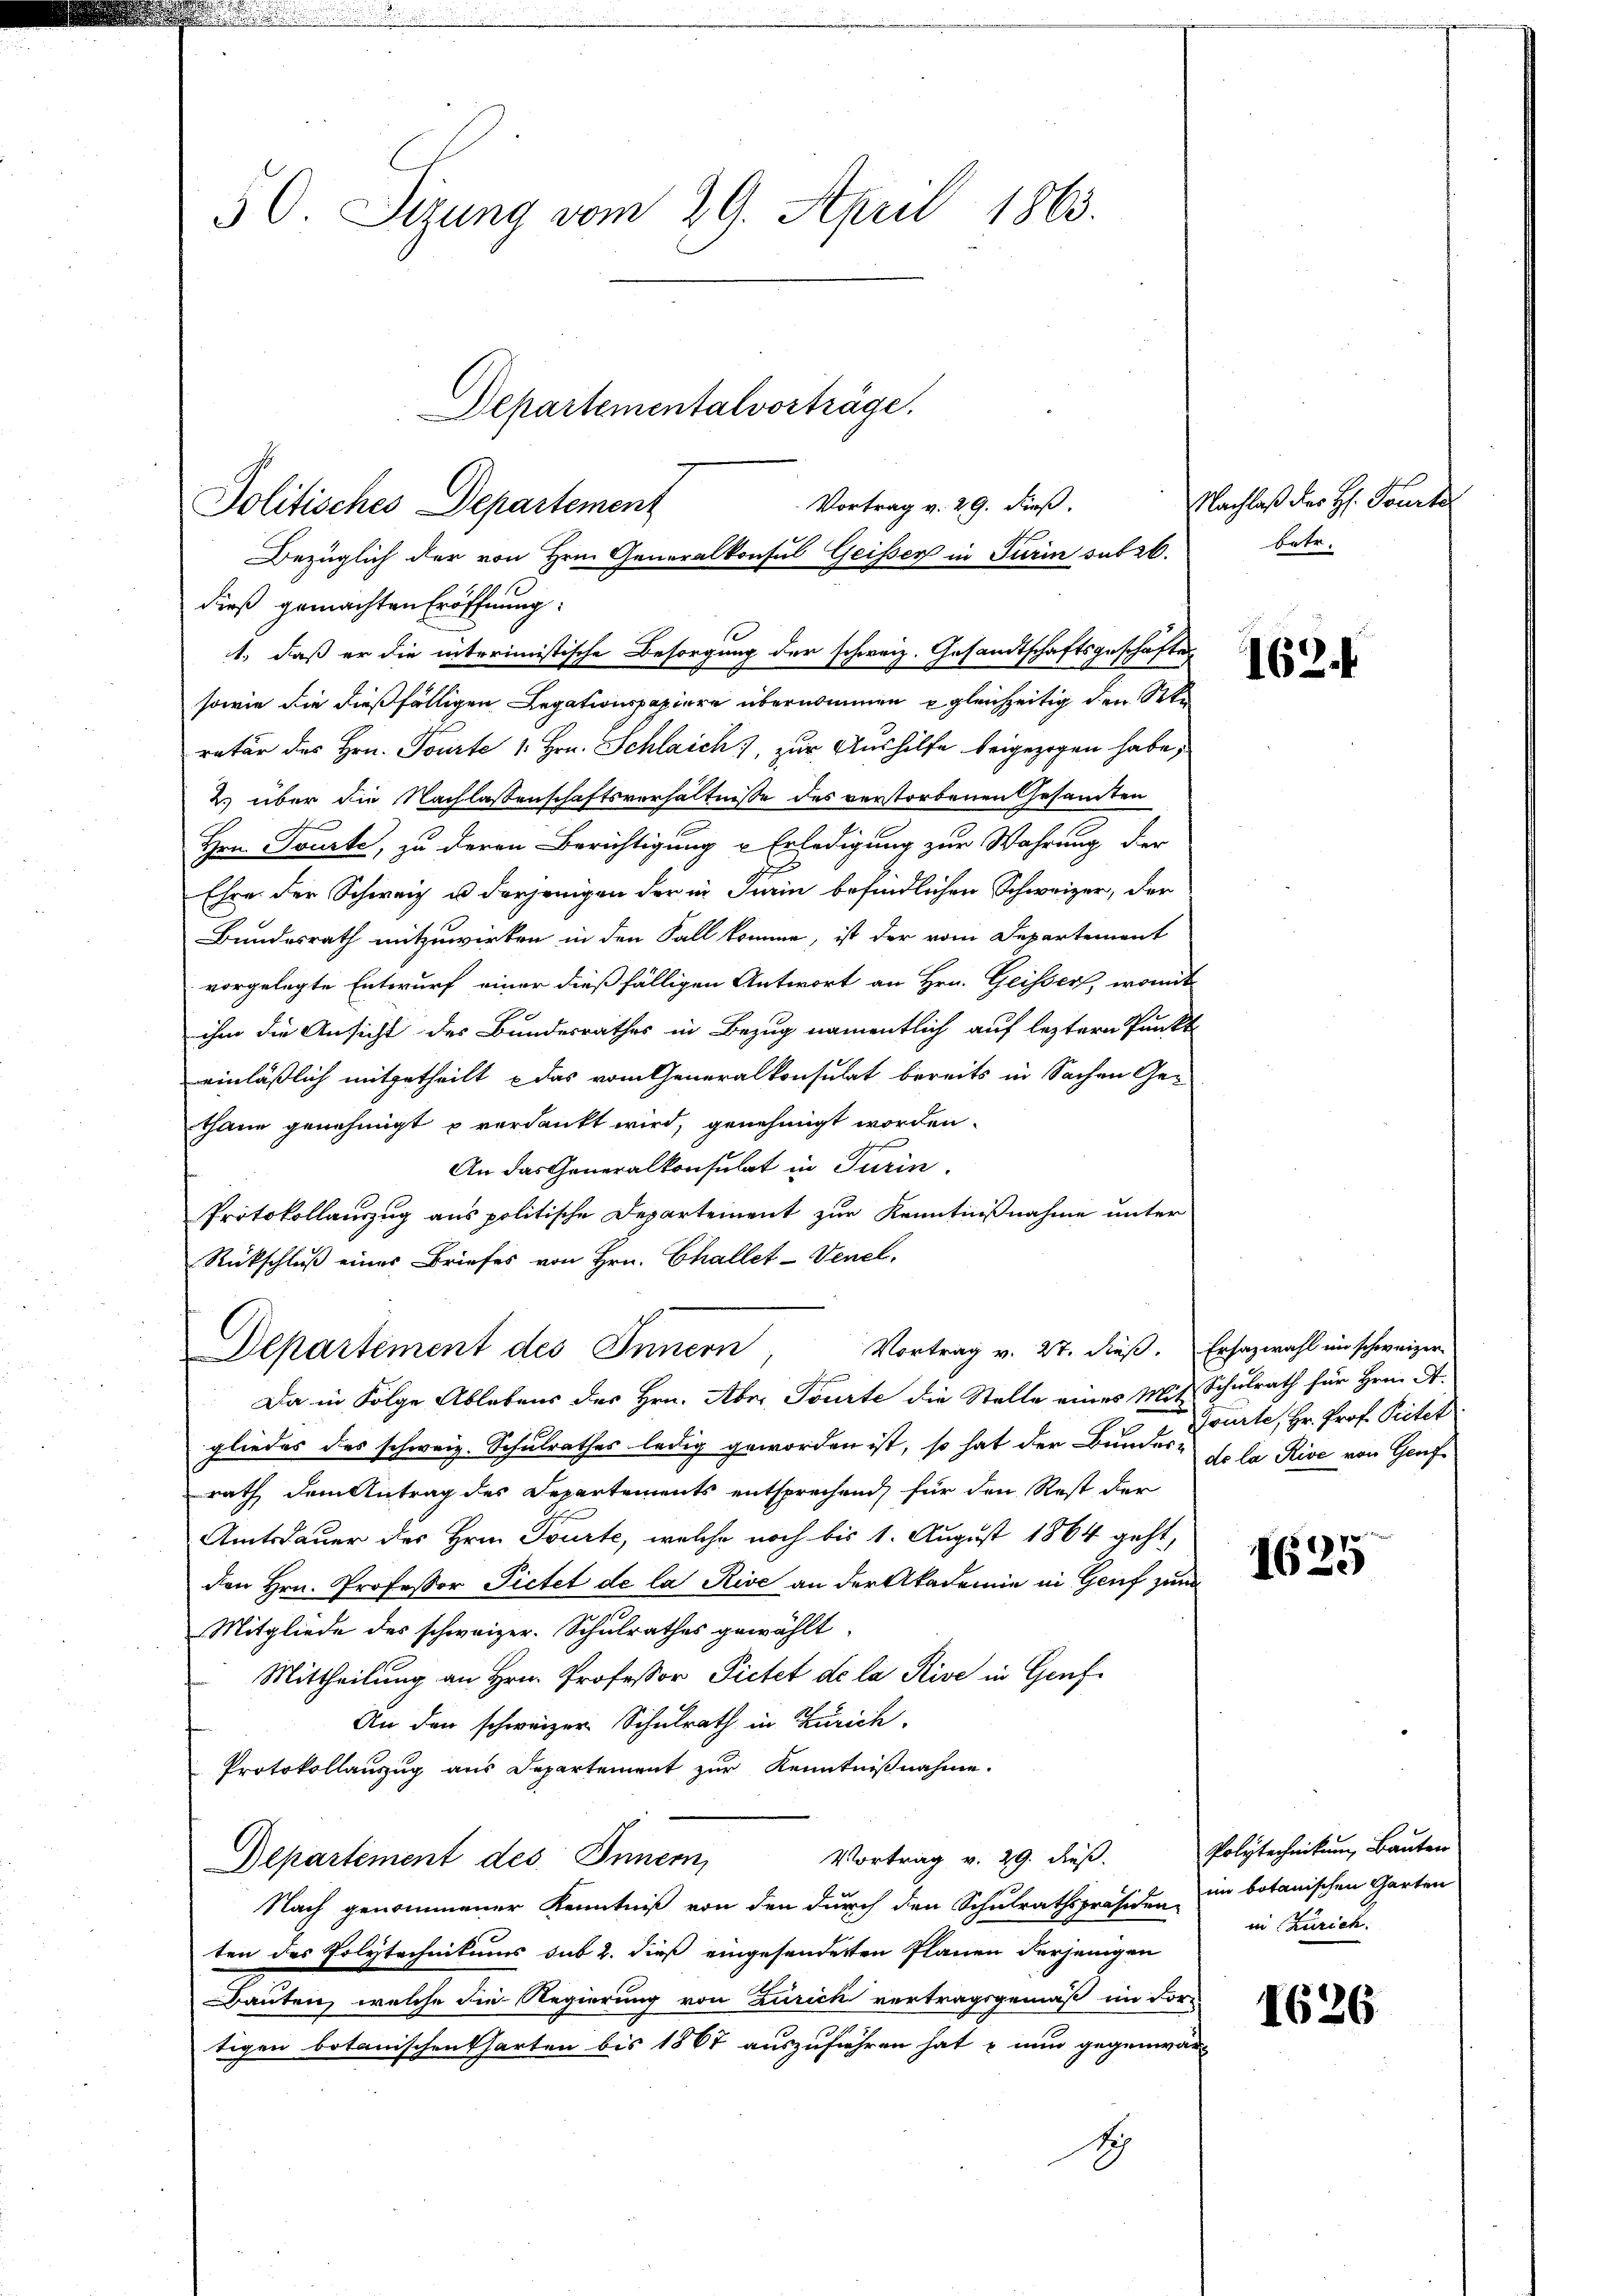
50. Sizung vom 29. April 1863.
Departementalvorträge.

Vortrag v. 29. dieß.
Politisches Departement
Bezüglich der von Hrn. Generalkonsul Geisser in Turin sub 26.
dieß gemachten Eröffnung:
1., daß er die interimistische Besorgung der schweiz. Gesandtschaftsgeschäftes

sowie die dießfälligen Legationspapiere übernommen gleichzeitig den Ste
ratur des Hrn. Porirte 1. Hrn. Schlaich, zur Aushilfe beigezogen habe,
2) über die Nachlassenschaftsverhältnisse des verstorbenen Gesamten
Hrn. Tourte, zu deren Berichtigung u Erledigung zur Wahrung der
Ehre der Schweiz u. derjenigen der in Train befindlichen Schweizer, der
Bundesrath mitzuwirken in den Fall komme, ist der vom Departement
vorgelegte Entwurf einer dießfälligen Antwort an Hrn. Geissers, womit
ihm die Ansicht des Bundesrathes in Bezug namentlich auf leztern Punkt
einläßlich mitgetheilt das vom Generalkonsulat bereits in Sachen Ge-
thane genehmigt u verdankt wird, genehmigt worden.
An das Generalkonsulat in Turin.
Protokollauszug aus politische Departement zur Kenntnißnahme unter
Rückschluß eines Briefes von Hrn. Challet-Venel,
Da in Folge Ablebens des Hrn. Aber Tourte die Stelle eines Mit Schulrath für Hrn. A
gliedes des schweiz. Schulrathes ledig geworden ist, so hat der Bundes- so la Rive von Genf
rath dem Antrag des Departements entsprechend, für den Rest der
Amtsdauer des Hrn. Tourte, welche noch bis 1. August 1864 geht,
den Hrn. Professor Pietet de la Rive an der Akademie in Genf zum
Mitgliede des schweizer. Schulrathes gewählt,
Mittheilung an Hrn. Professor Pietet de la Rive in Genf
An den schweizer Schulrath in Zürich
Protokollanzug aus Departement zur Kenntnißnahme.
Vortrag v. 29. dieß.
Departement des Innern,
Nach genommener Kenntniß von den durch den Schulrathspräsiden in botanischen Garten
ten des Polytechnikums sub 2. dieß eingesonderten Planen derjenigen
Bauten, welche die Regierung von Zürich vertragsgemäß im For-
tigen botanischen Charten bis 1867 auszuführen hat u. nun gegenwär-
S

Departement des Innern, Vortrag v. 27. dieß. Erhazwahl ein schweizer

Nachlaß der H. Tourte
betr.

162.

Tourte, Hr. Prof. Pitet

1625

Polytechnikum, Bauten
in Zürich.

1626